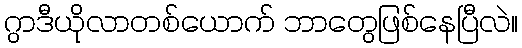
ဂွာဒီယိုလာတစ်ယောက် ဘာတွေဖြစ်နေပြီလဲ။